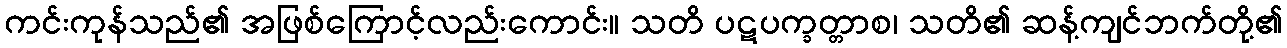
ကင်းကုန်သည်၏ အဖြစ်ကြောင့်လည်းကောင်း။ သတိ ပဋပက္ခတ္တာစ၊ သတိ၏ ဆန့်ကျင်ဘက်တို့၏